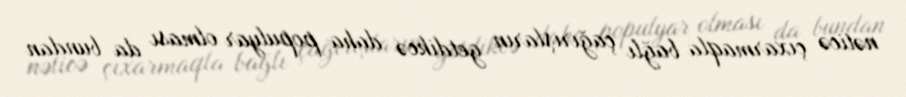
nəticə çıxarmaqla bağlı çağırışların getdikcə daha populyar olması da bundan